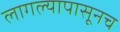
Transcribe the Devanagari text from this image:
लागल्यापासूनच